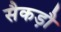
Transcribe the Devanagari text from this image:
सैकड़ौ